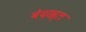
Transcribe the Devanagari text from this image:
बेदख्ल